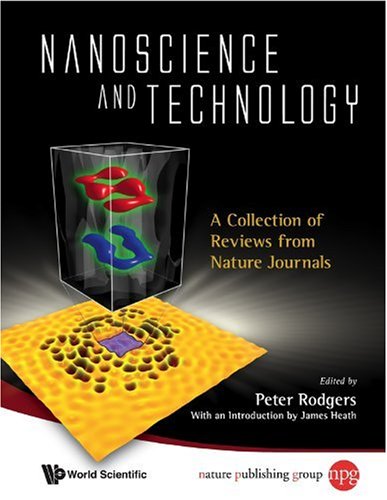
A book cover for Nanoscience and Technology: A Collection of Reviews from Nature Journals; Peter Rodgers; Science & Math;